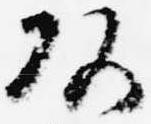
頭